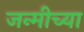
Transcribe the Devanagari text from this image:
जन्मीच्या